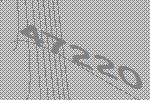
47220